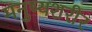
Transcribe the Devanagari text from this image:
मनुष्यशरीर